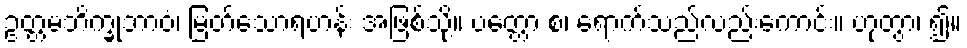
ဥတ္တမဘိက္ခုဘာဝံ၊ မြတ်သောရဟန်း အဖြစ်သို့။ ပတ္တော စ၊ ရောက်သည်လည်းကောင်း။ ဟုတွာ၊ ၍။